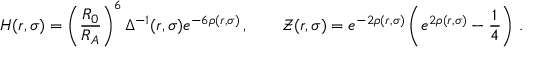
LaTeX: H ( r , \sigma ) = \left( \frac { R _ { 0 } } { R _ { A } } \right) ^ { 6 } \Delta ^ { - 1 } ( r , \sigma ) e ^ { - 6 \rho ( r , \sigma ) } \, , \qquad \mathcal { Z } ( r , \sigma ) = e ^ { - 2 \rho ( r , \sigma ) } \left( e ^ { 2 \rho ( r , \sigma ) } - \frac { 1 } { 4 } \right) \, .